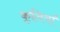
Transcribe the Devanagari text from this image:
कृतियॉं